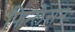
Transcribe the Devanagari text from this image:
फिन्लेसन